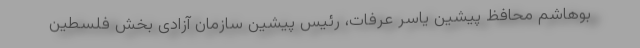
بوهاشم محافظ پیشین یاسر عرفات، رئیس پیشین سازمان آزادی بخش فلسطین